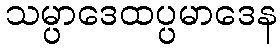
သမ္ပာဒေထပ္ပမာဒေန